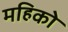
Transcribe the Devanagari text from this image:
महिको